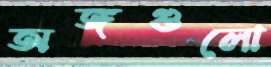
অঙ্গগুলো